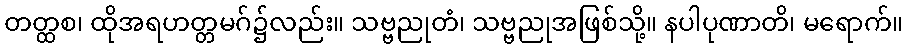
တတ္ထစ၊ ထိုအရဟတ္တမဂ်၌လည်း။ သဗ္ဗညုတံ၊ သဗ္ဗညုအဖြစ်သို့။ နပါပုဏာတိ၊ မရောက်။